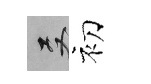
双初